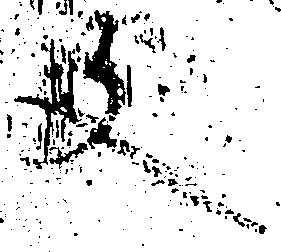
文